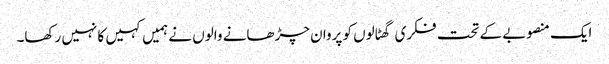
ایک منصوبے کے تحت فکری گھٹالوں کو پروان چڑھانے والوں نے ہمیں کہیں کا نہیں رکھا۔